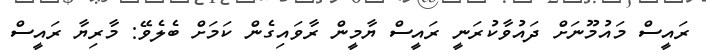
ރައީސް މައުމޫނަށް ދައުވާކުރަނީ ރައީސް ޔާމީން ރާވައިގެން ކަމަށް ބެލެވޭ: މާރިޔާ ރައީސް